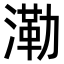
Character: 𣼷